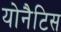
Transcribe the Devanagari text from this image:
योनैटिस